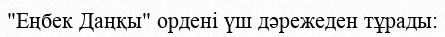
"Еңбек Даңқы" ордені үш дәрежеден тұрады: